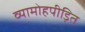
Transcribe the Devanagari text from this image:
व्यामोहपीड़ित